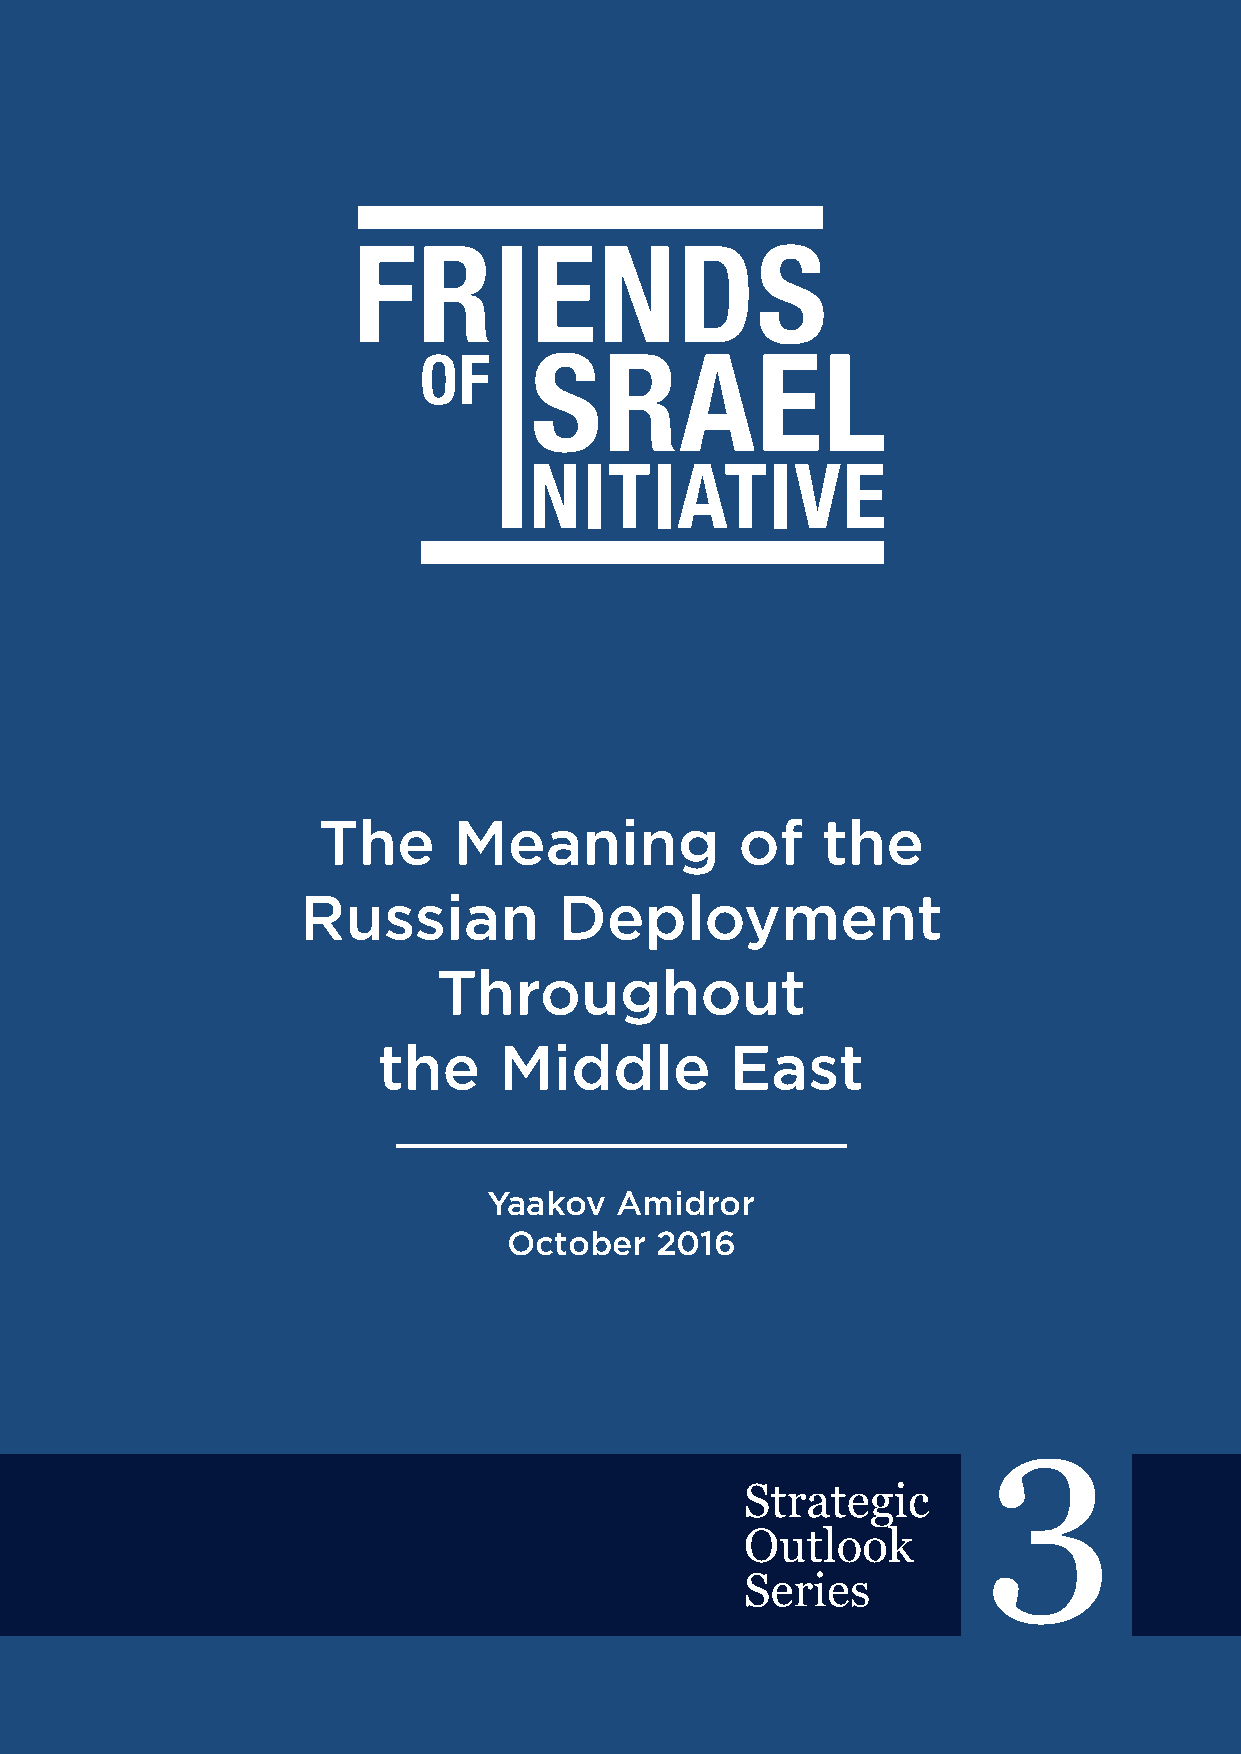
Friends of Israel Initiative
 The      Meaning            of   the
 Russian          Deployment
 Throughout
 the     Middle         East
 Yaakov   Amidror
 October  2016
 3
 1